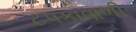
ટપકાવાળી